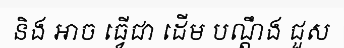
និង អាច ធ្វើជា ដើម បណ្តឹង ជួស